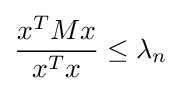
{\frac {x^{T}Mx}{x^{T}x}}\leq \lambda _{n}